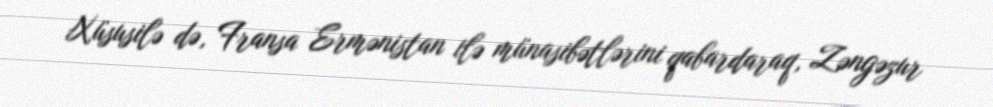
Xüsusilə də, Fransa Ermənistan ilə münasibətlərini qabardaraq, Zəngəzur